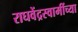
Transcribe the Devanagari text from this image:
राघवेंद्रस्वामींच्या